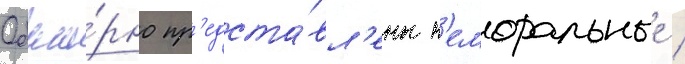
Обши́рно пр'едста́вл'ены н'еморальные /